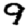
Digit: 9